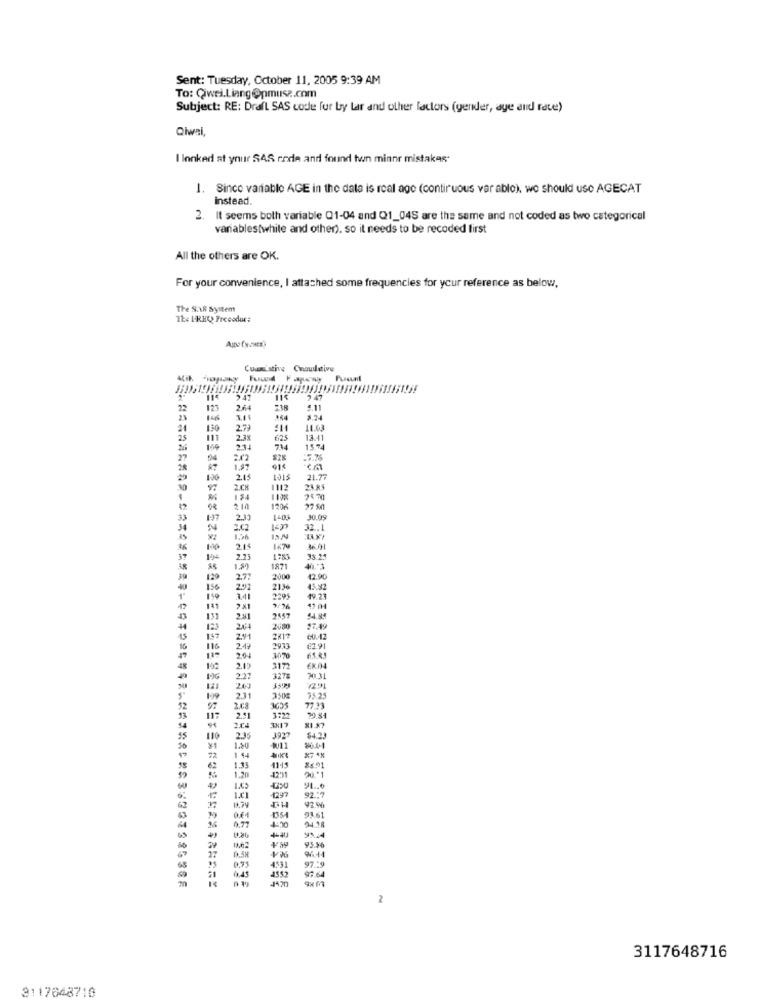
Sent: Tuesday, October 11, 2005 9:39 AM
To: Cwei.Liang@pmusz.com
Subject: RE: Draft SAS code fur by tar and other factors (gender, aye and rate)
Qiwai,
I lonked at ynur SAS code and found twn minnr mistakes.
1. Since variable AGE in the data is real age (continuous var ablo), we should use AGECAT
instead.
2. It seems both variable Q1-04 and Q1_04S are the seme and not coded as two categorical
variables[while and other). so it needs to be recoded first
All the others are OK.
For your convenience, I attached some frequencies for your reference as below,
The S.A. System
The FREQ Precodur:
Cuantative Choulitive
114
947
115
22
12
2.64
238
5.11
21
140
*54
2.24
24
130
2.7
11.03
25
2.3%
625
13.41
211
714
15.74
27
2.02
1.97
014
$101
130
2.15
21.77
30
97
2.C
112
24.85
124
2570
120
33
2.33
J0.09
34
3.62
32.
2.15
39
2.71
33.21
1.50
1871
129
2.77
2000
12.00
40
156
2.92
2136
45.92
119
3.41
49.23
141
2 ×1
9/26
47 04
43
2547
37.49
147
2.91
2×12
60.47
16
116
2.49
2973
₡291
2.04
48
3172
227
327#
30.31
2.11
75.25
52
97
2.08
77.33
117
2.5
2.04
110
2.35
3927
$4.2.
50
¥1
1.20
72
1 44
1.13
×7 4%
62
00 .* 1
1.43
1297
9L .. 6
37
11.74
92.7
62
92.6
63
0.77
44.00
01.61
24.98
64
95.16
0.75
V%
97 .- 9
0.45
3552
4.331
97 64
2
3117648716
3117648716